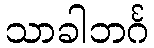
သာခါဘင်္ဂ